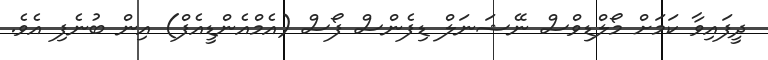
ދީފައިވާ ކަމަށް މޯލްޑިވްސް ނޭޝަނަލް ޑިފެންސް ފޯސް (އެމްއެންޑީއެފް) އިން ބުނެފި އެވެ.